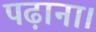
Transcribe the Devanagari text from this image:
पढ़ाना।